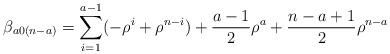
LaTeX: \begin{align*} \beta_{a0(n-a)}=\sum_{i=1}^{a-1}(-\rho^{i}+\rho^{n-i})+ \frac{a-1}{2}\rho^a + \frac{n-a+1}{2}\rho^{n-a} \end{align*}